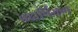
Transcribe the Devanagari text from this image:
ब्रह्मर्षिगण